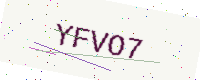
Text: YFVO7